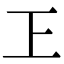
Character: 㠪